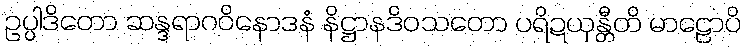
ဥပ္ပါဒိတော ဆန္ဒရာဂဝိနောဒနံ နိဋ္ဌာနဒိဝသတော ပရိဍယှန္တီတိ မာဠောပိ